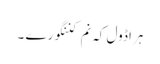
ہراڈول کہ نم کننگورے ۔